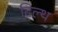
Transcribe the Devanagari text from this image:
टिल्थ